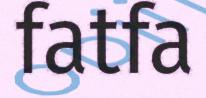
fatfa